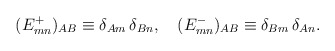
\begin{align*}(E^+_{mn})_{AB}\equiv\delta_{Am}\,\delta_{Bn},\quad(E^-_{mn})_{AB}\equiv\delta_{Bm}\,\delta_{An}.\end{align*}